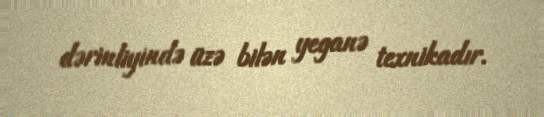
dərinliyində üzə bilən yeganə texnikadır.